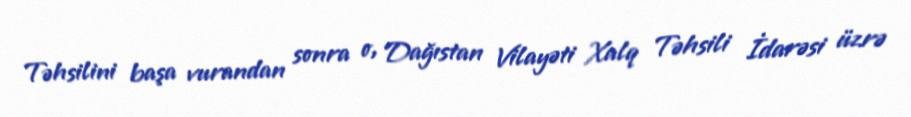
Təhsilini başa vurandan sonra o, Dağıstan Vilayəti Xalq Təhsili İdarəsi üzrə